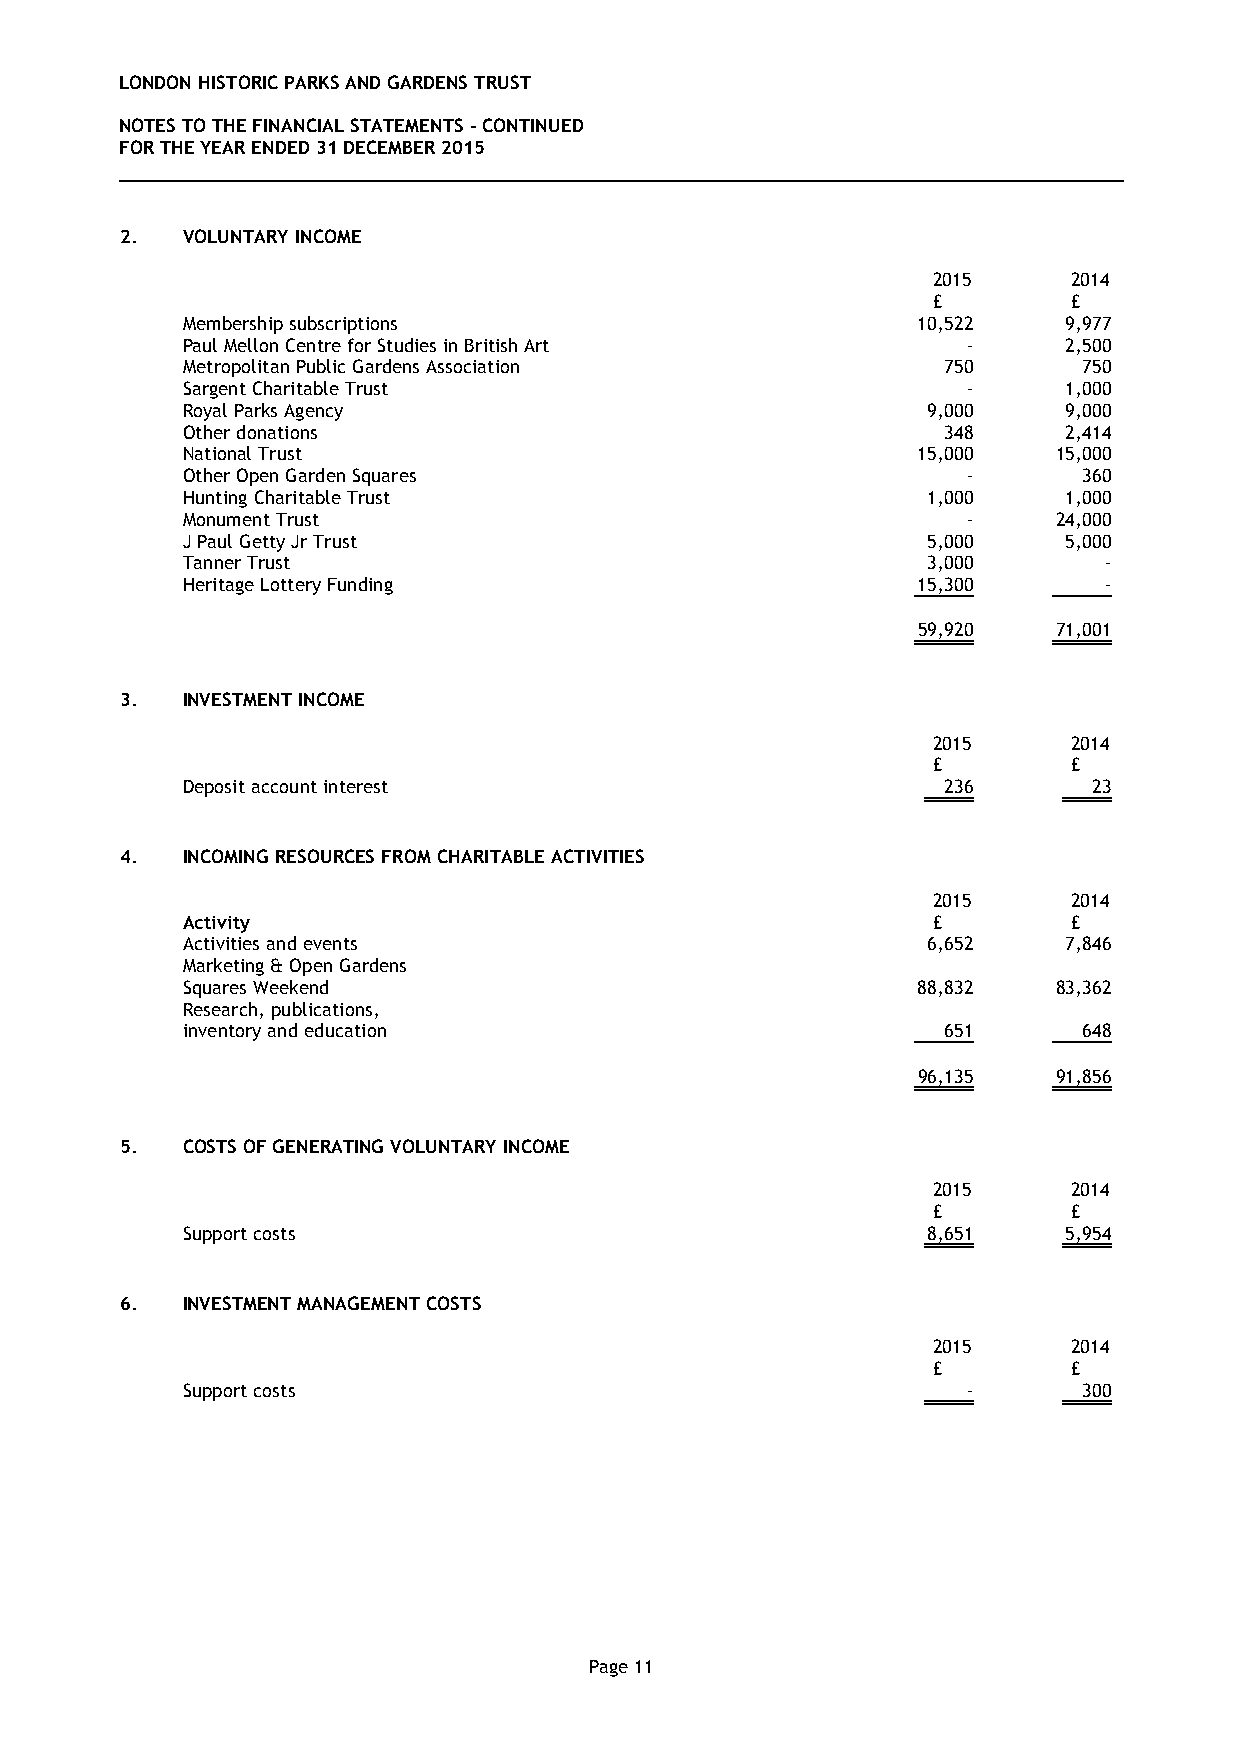
LONDON HISTORIC PARKS AND GARDENS TRUST
 NOTES TO THE FINANCIAL STATEMENTS - CONTINUED
 FOR THE YEAR ENDED 31 DECEMBER 2015
 2.  VOLUNTARY INCOME
 2015     2014
 £        £
 Membership subscriptions                         10,522   9,977
 Paul Mellon Centre for Studies in British Art       -     2,500
 Metropolitan Public Gardens Association           750       750
 Sargent Charitable Trust                            -     1,000
 Royal Parks Agency                               9,000    9,000
 Other donations                                   348     2,414
 National Trust                                   15,000   15,000
 Other Open Garden Squares                           -       360
 Hunting Charitable Trust                         1,000    1,000
 Monument Trust                                      -     24,000
 J Paul Getty Jr Trust                            5,000    5,000
 Tanner Trust                                     3,000       -
 Heritage Lottery Funding                         15,300      -
 59,920   71,001
 3.  INVESTMENT INCOME
 2015     2014
 £        £
 Deposit account interest                          236       23
 4.  INCOMING RESOURCES FROM CHARITABLE ACTIVITIES
 2015     2014
 Activity                                          £        £
 Activities and events                            6,652    7,846
 Marketing & Open Gardens
 Squares Weekend                                  88,832   83,362
 Research, publications,
 inventory and education                           651       648
 96,135   91,856
 5.  COSTS OF GENERATING VOLUNTARY INCOME
 2015     2014
 £        £
 Support costs                                    8,651    5,954
 6.  INVESTMENT MANAGEMENT COSTS
 2015     2014
 £        £
 Support costs                                       -       300
 Page 11